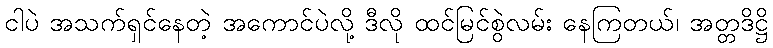
ငါပဲ အသက်ရှင်နေတဲ့ အကောင်ပဲလို့ ဒီလို ထင်မြင်စွဲလမ်း နေကြတယ်၊ အတ္တဒိဋ္ဌိ